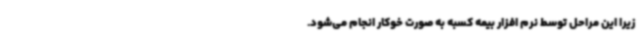
زیرا این مراحل توسط نرم افزار بیمه کسبه به صورت خوکار انجام می‌شود.